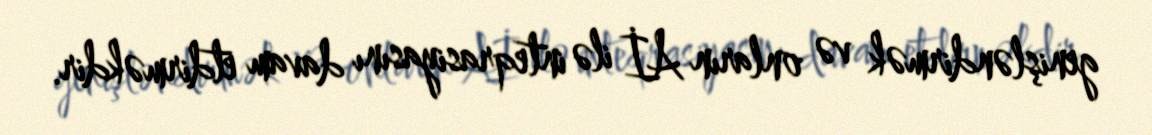
genişləndirmək və onların Aİ ilə inteqrasiyasını davam etdirməkdir.